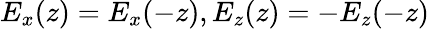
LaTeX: E_{x}(z)=E_{x}(-z),E_{z}(z)=-E_{z}(-z)